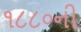
૧૮૮૦ની